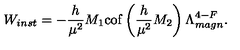
W _ { i n s t } = - \frac { h } { \mu ^ { 2 } } M _ { 1 } \mathrm { c o f } \left( \frac { h } { \mu ^ { 2 } } M _ { 2 } \right) \Lambda _ { m a g n } ^ { 4 - F } .